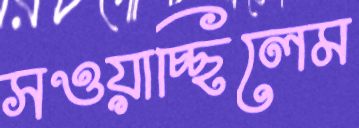
সওয়াচ্ছিলেম